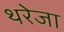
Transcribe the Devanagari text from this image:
थरेजा